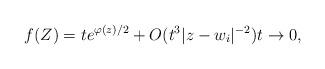
LaTeX: \begin{align*} f(Z)=te^{\varphi(z)/2}+O(t^3|z-w_{i}|^{-2}) t\to 0,\end{align*}